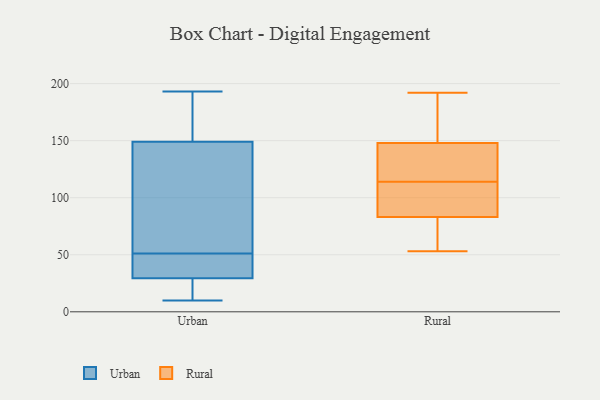
{"axis": {"x": "Conversion Rate (%)", "y": "Value"}, "legend": ["Rural", "Urban"], "data": [{"x": "", "y": 10, "type": "Urban"}, {"x": "", "y": 143, "type": "Urban"}, {"x": "", "y": 21, "type": "Urban"}, {"x": "", "y": 29, "type": "Urban"}, {"x": "", "y": 51, "type": "Urban"}, {"x": "", "y": 115, "type": "Urban"}, {"x": "", "y": 189, "type": "Urban"}, {"x": "", "y": 31, "type": "Urban"}, {"x": "", "y": 37, "type": "Urban"}, {"x": "", "y": 193, "type": "Urban"}, {"x": "", "y": 151, "type": "Urban"}, {"x": "", "y": 53, "type": "Rural"}, {"x": "", "y": 192, "type": "Rural"}, {"x": "", "y": 97, "type": "Rural"}, {"x": "", "y": 122, "type": "Rural"}, {"x": "", "y": 183, "type": "Rural"}, {"x": "", "y": 83, "type": "Rural"}, {"x": "", "y": 83, "type": "Rural"}, {"x": "", "y": 106, "type": "Rural"}, {"x": "", "y": 136, "type": "Rural"}, {"x": "", "y": 148, "type": "Rural"}]}